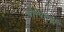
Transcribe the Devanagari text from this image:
चौपिहया